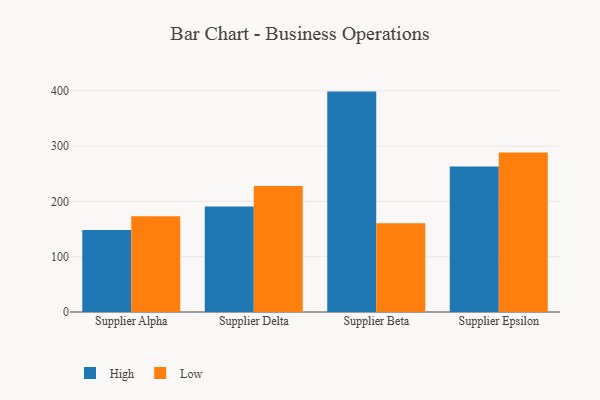
{"axis": {"x": "Supplier", "y": "Tickets Resolved"}, "legend": ["High", "Low"], "data": [{"x": "Supplier Alpha", "y": 148.2, "type": "High"}, {"x": "Supplier Alpha", "y": 173.1, "type": "Low"}, {"x": "Supplier Delta", "y": 190.6, "type": "High"}, {"x": "Supplier Delta", "y": 227.8, "type": "Low"}, {"x": "Supplier Beta", "y": 398.5, "type": "High"}, {"x": "Supplier Beta", "y": 160.6, "type": "Low"}, {"x": "Supplier Epsilon", "y": 262.9, "type": "High"}, {"x": "Supplier Epsilon", "y": 288.5, "type": "Low"}]}